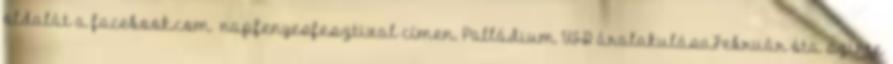
oldalát a facebook.com napfenyesfesztival címen. Palládium USD áralakulásaFebruár óta szinte